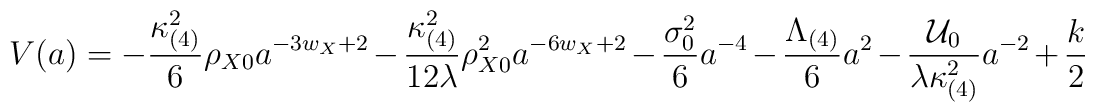
V(a) = - \frac{\kappa_{(4)}^{2}}{6} \rho_{X0} a^{-3w_{X}+2}- \frac{\kappa_{(4)}^{2}}{12\lambda} \rho_{X0}^{2} a^{-6w_{X} + 2}- \frac{\sigma_{0}^2}{6} a^{-4} - \frac{\Lambda_{(4)}}{6} a^{2}- \frac{{\cal U}_0}{\lambda \kappa_{(4)}^{2}} a^{-2} + \frac{k}{2}